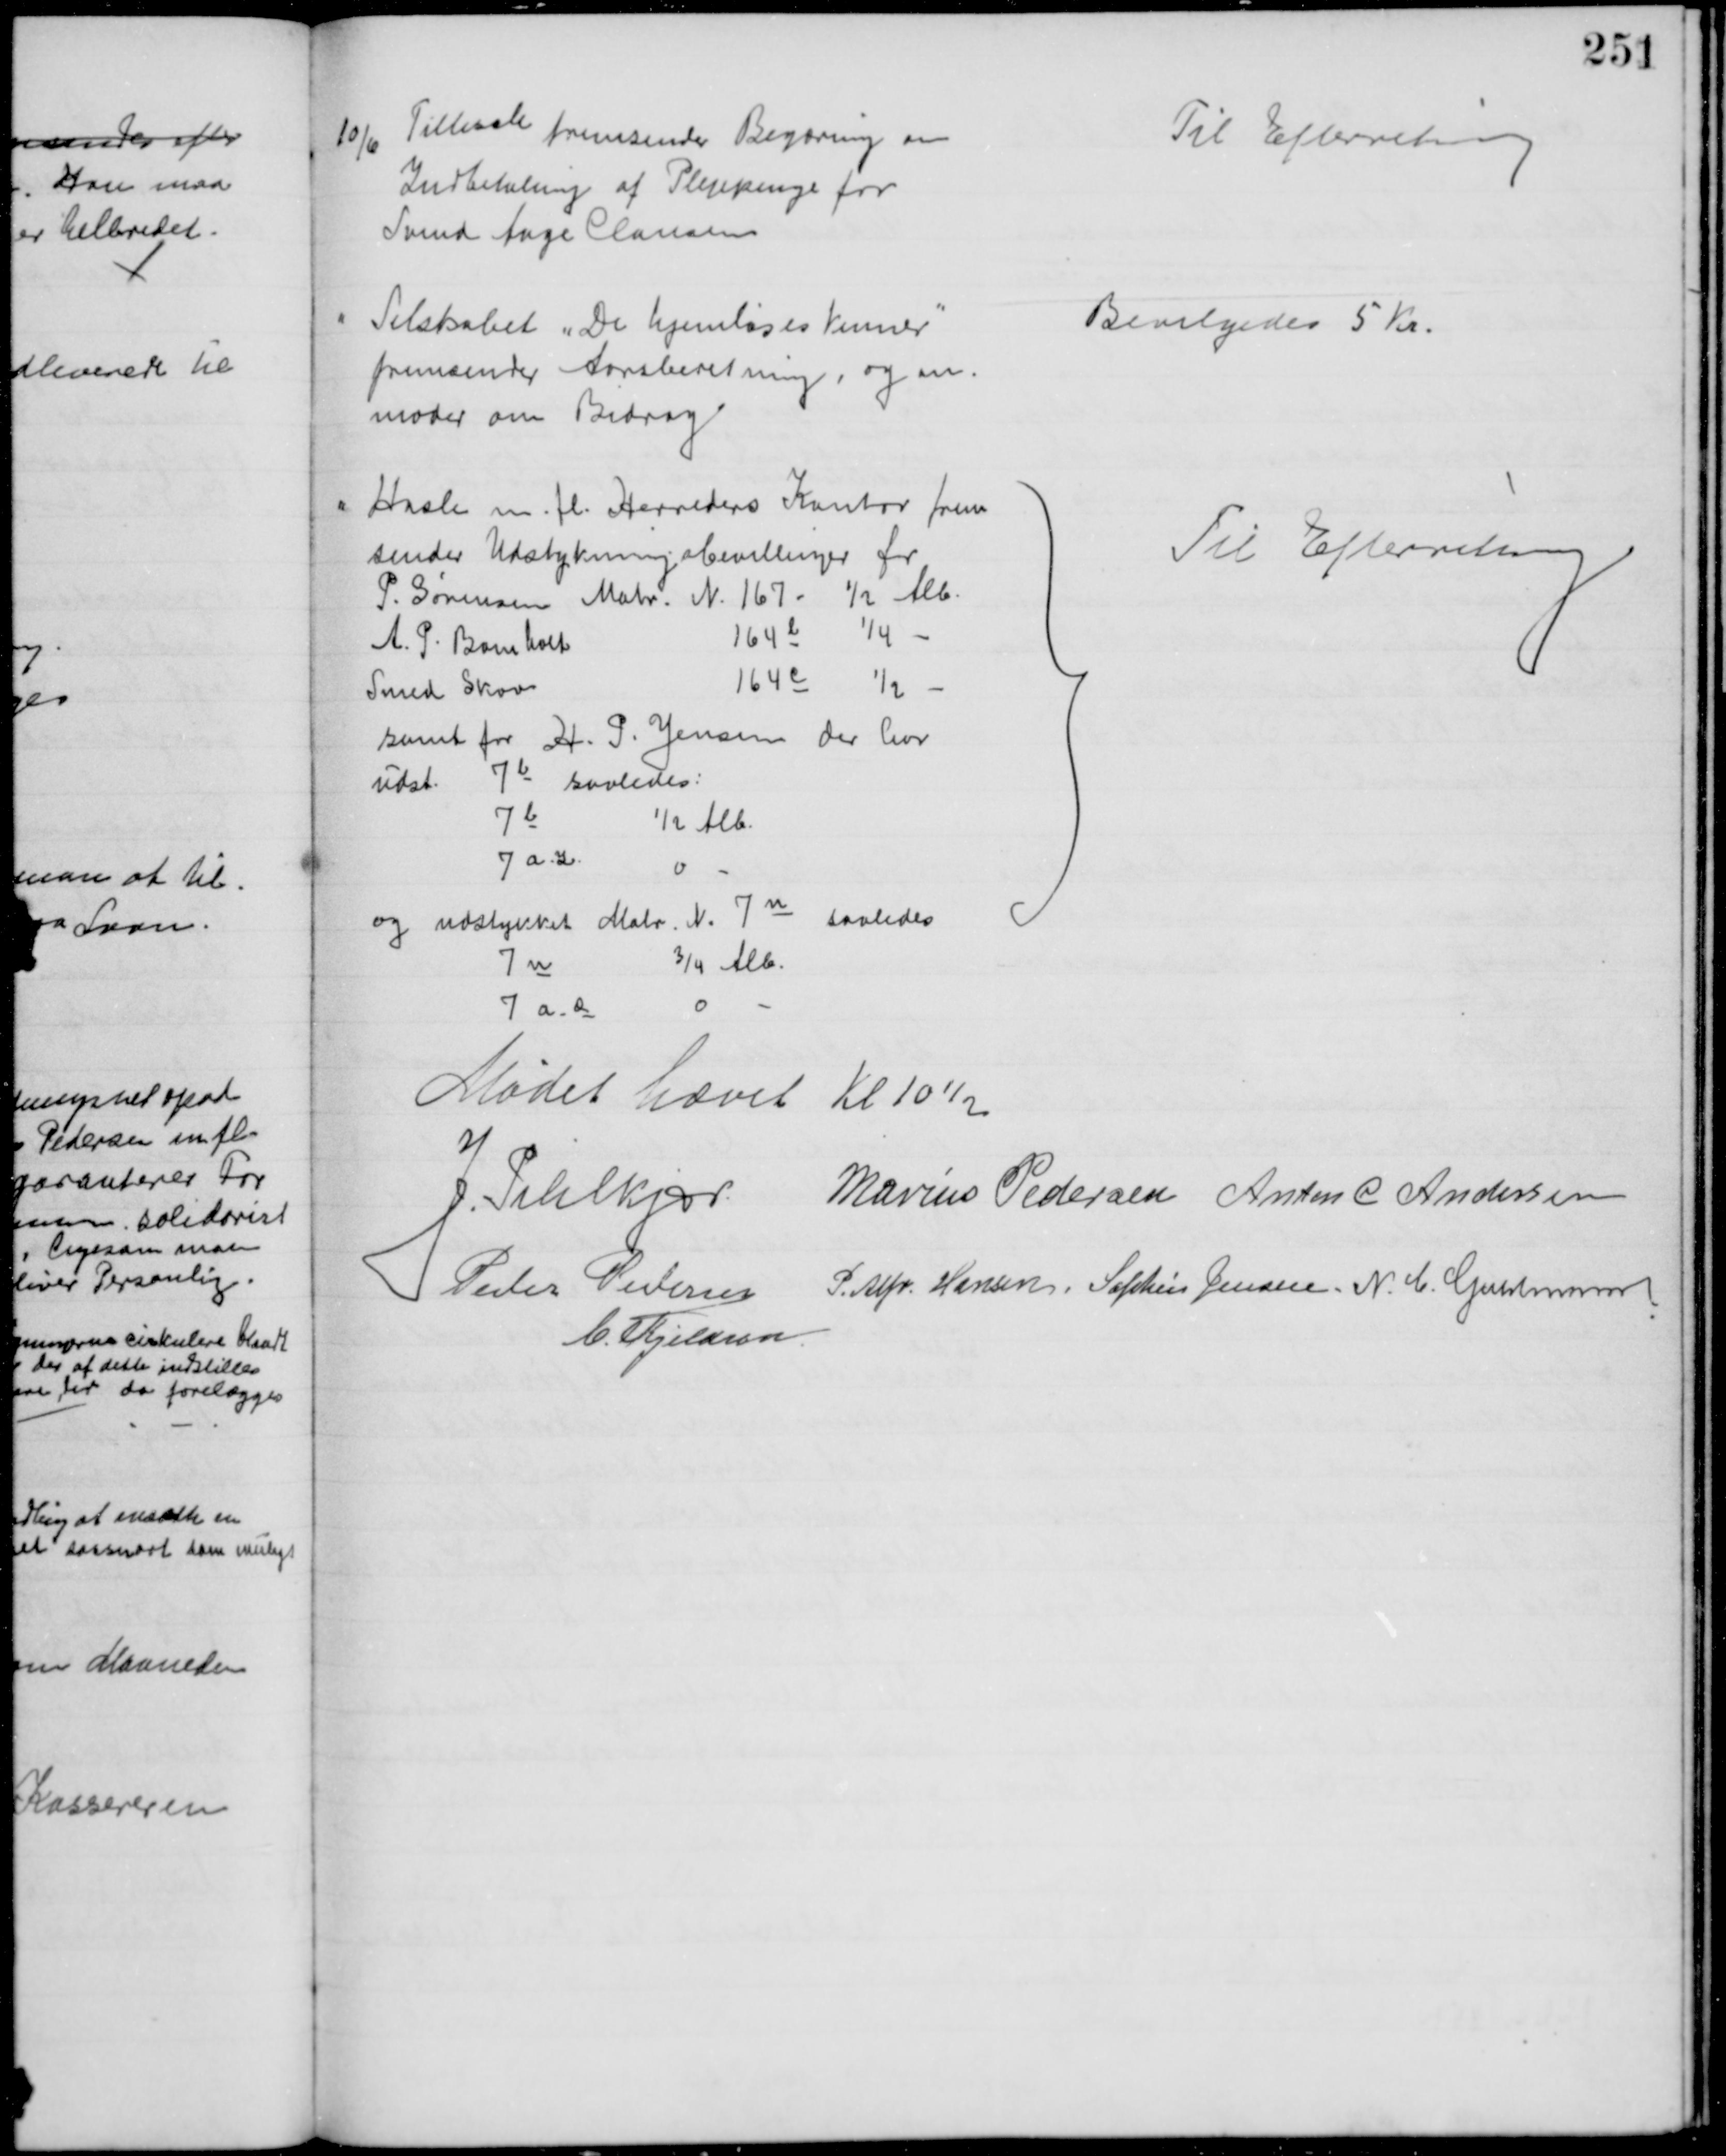
Transskription:
10/6 
Tillisch fremsender Begæring om
Indbetaling af Plejepenge for
Svend Aage Clausen
Til Efterretning
Selskabet "De hjemløses Venner"
fremsender Aarsberetning, og an-
moder om Bidrag
Bevilgedes 5 Kr.
Hasle m. fl. Herreders Kontor frem
sender Udstykningsbevillinger for
P. Sørensen Matr. N. 167- ½ Alb.
A. P. Bomholt
164e ¼
Smed Skov
164c ½ 
samt for H. P. Jensen der har
udst. 7b saaledes:
7b
½ Alb.
7a-z
0
og udstykket Matr. N. 7n saaledes
7n
¾ Alb.
7 a-æ
Til Efterretning
Mødet hævet Kl 10½
J. Pihlkjær Marius Pedersen Anton C Andersen
Peder Pedersen P. Alfr. Hansen. Sophus Jensen. N. C. Guldmann
C. Kjeldsen